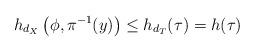
LaTeX: \begin{align*}h_{d_X}\left(\phi,\pi^{-1}(y)\right) \leq h_{d_T}(\tau) = h(\tau)\end{align*}